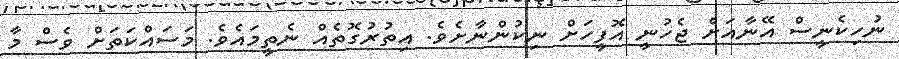
ނުހިކެނީސް އޭނާއަށް ޖެހުނީ އޮފީހަށް ނިކުންނާށެވެ. އިތުރުގޮތެއް ނެތީމައެވެ. މަސައްކަތަށް ވެސް މާ